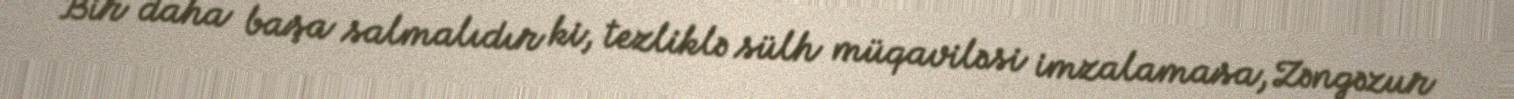
Bir daha başa salmalıdır ki, tezliklə sülh müqaviləsi imzalamasa, Zəngəzur